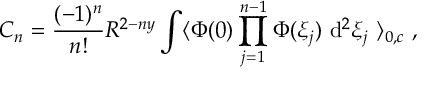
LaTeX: C _ { n } = \frac { ( - 1 ) ^ { n } } { n ! } R ^ { 2 - n y } \int \langle \Phi ( 0 ) \prod _ { j = 1 } ^ { n - 1 } \Phi ( \xi _ { j } ) \ \mathrm { d } ^ { 2 } \xi _ { j } \ \rangle _ { 0 , c } \ ,